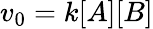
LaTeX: v_{0}=k[A][B]